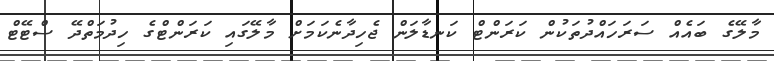
މާލޭގެ ބައެއް ސަރަހައްދުތަކުން ކަރަންޓް ކަނޑާލަން ޖެހިދާނެކަމަށް މާލޭގައި ކަރަންޓްގެ ހިދުމަތްދޭ ސްޓޭޓްް